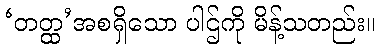
‘တတ္ထ’အစရှိသော ပါဌ်ကို မိန့်သတည်း။